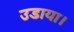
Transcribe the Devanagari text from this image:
उडाया।